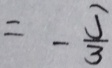
= - \frac { 5 } { 3 }